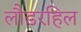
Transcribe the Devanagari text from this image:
लौडरहिल